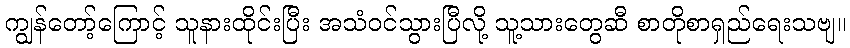
ကျွန်တော့်ကြောင့် သူနားထိုင်းပြီး အသံဝင်သွားပြီလို့ သူ့သားတွေဆီ စာတိုစာရှည်ရေးသဗျ။